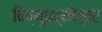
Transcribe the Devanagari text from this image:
विष्णूधर्मोत्तर